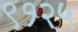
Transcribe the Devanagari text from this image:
९१२५